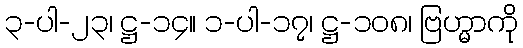
၃-ပါ-၂၃၊ ဋ္ဌ-၁၄။ ၁-ပါ-၁၇၊ ဋ္ဌ-၁၀၈၊ ဗြဟ္မာကို